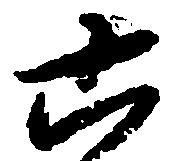
六